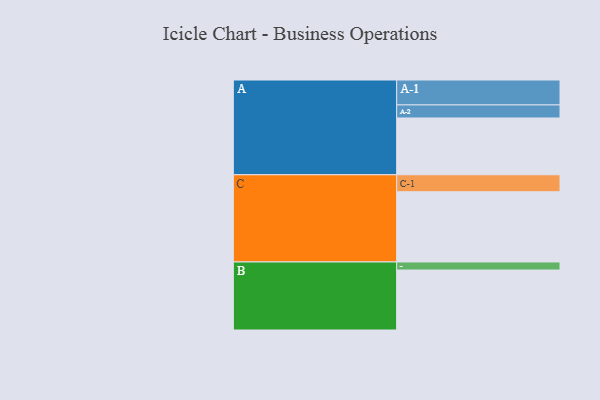
{"axis": {"x": "Segment", "y": "Value"}, "legend": ["", "A", "B", "C"], "data": [{"x": "A", "y": 465, "type": ""}, {"x": "B", "y": 491, "type": ""}, {"x": "C", "y": 575, "type": ""}, {"x": "A-1", "y": 204, "type": "A"}, {"x": "A-2", "y": 107, "type": "A"}, {"x": "B-1", "y": 66, "type": "B"}, {"x": "C-1", "y": 139, "type": "C"}]}